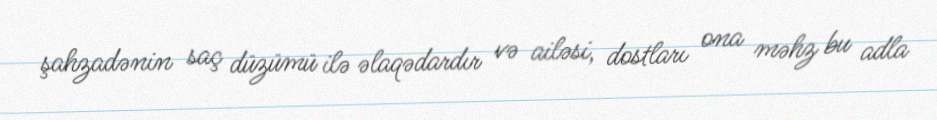
şahzadənin saç düzümü ilə əlaqədardır və ailəsi, dostları ona məhz bu adla